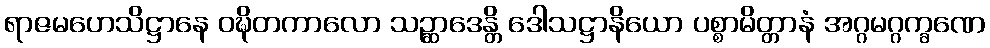
ရာဇမဟေသိဋ္ဌာနေ ဝဍ္ဎိတကာလော သဉ္ဆာဒေန္တိ ဒေါသဋ္ဌာနိယော ပစ္စာမိတ္တာနံ အဂ္ဂမဂ္ဂက္ခဏေ